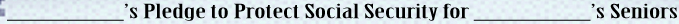
_'s Pledge to Protect Social Security for _'s Seniors